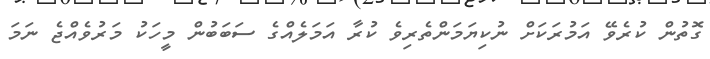
ގޮތުން ކުރެވޭ އަމުރަކަށް ނުކިޔަމަންތެރިވެ ކުރާ އަމަލެއްގެ ސަބަބުން މީހަކު މަރުވެއްޖެ ނަމަ